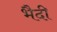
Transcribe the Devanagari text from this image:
भैदी